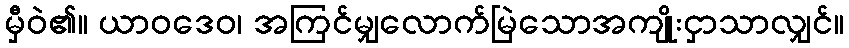
မှီဝဲ၏။ ယာဝဒေဝ၊ အကြင်မျှလောက်မြဲသောအကျိုးငှာသာလျှင်။